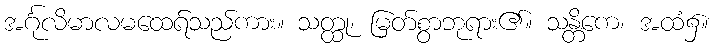
အင်္ဂုလိမာလမထေရ်သည်ကား။ သတ္ထု၊ မြတ်စွာဘုရား၏။ သန္တိကေ၊ အထံ၌။